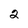
Character: 2